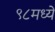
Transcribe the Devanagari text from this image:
९८मध्ये